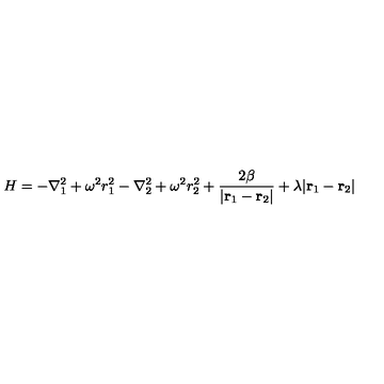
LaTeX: H = - \nabla _ { 1 } ^ { 2 } + \omega ^ { 2 } r _ { 1 } ^ { 2 } - \nabla _ { 2 } ^ { 2 } + \omega ^ { 2 } r _ { 2 } ^ { 2 } + { \frac { 2 \beta } { | { \bf r } _ { 1 } - { \bf r } _ { 2 } | } } + \lambda | { \bf r } _ { 1 } - { \bf r } _ { 2 } |